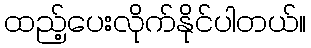
ထည့်ပေးလိုက်နိုင်ပါတယ်။